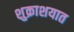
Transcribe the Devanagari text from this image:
शुक्राशयात